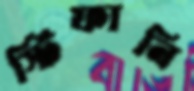
স্টিফানি